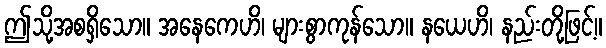
ဤသို့အစရှိသော။ အနေကေဟိ၊ များစွာကုန်သော။ နယေဟိ၊ နည်းတို့ဖြင့်။